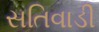
સતિવાડી